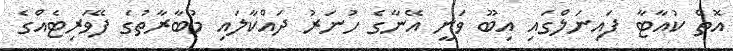
އޮތް ކުއާޓާ ފައިނަލްގައި އިބޫ ވަނީ އޭނާގެ ހުނަރު ދައްކާލައި މުބާރާތުގެ ފޭވަރިޓެއްގެ